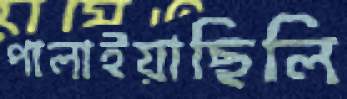
পালাইয়াছিলি